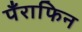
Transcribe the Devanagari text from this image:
पँराफिन